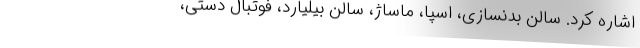
اشاره کرد. سالن بدنسازی، اسپا، ماساژ، سالن بيليارد، فوتبال دستی،